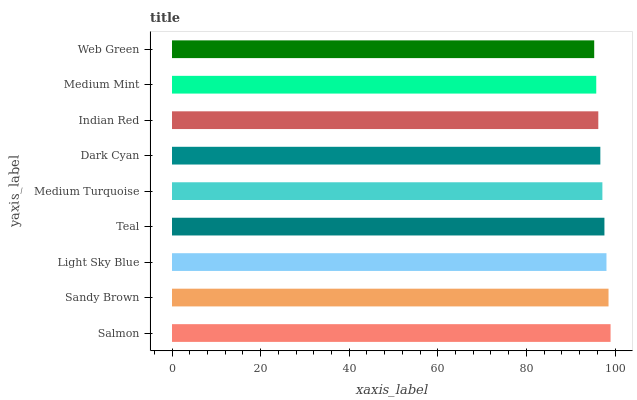
| yaxis_label | bars |
 | --- | --- |
 | Salmon | 99 |
 | Sandy Brown | 98.5 |
 | Light Sky Blue | 98.1 |
 | Teal | 97.6 |
 | Medium Turquoise | 97.2 |
 | Dark Cyan | 96.7 |
 | Indian Red | 96.2 |
 | Medium Mint | 95.8 |
 | Web Green | 95.3 |